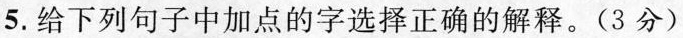
5.给下列句子中加点的字选择正确的解释。(3分)